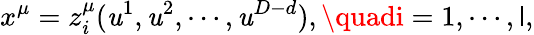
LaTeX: x^{\mu}=z_{i}^{\mu}(\mathit{u}^{1},\mathit{u}^{2},\cdots,\mathit{u}^{D-d}),\quadi=1,\cdots,\mathsf{l},